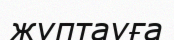
жұптауға